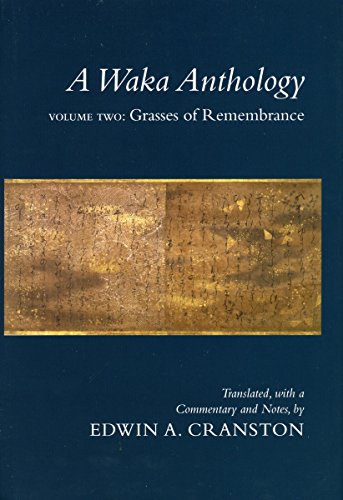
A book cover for A Waka Anthology - Volume Two: Grasses of Remembrance (Parts A & B) (v. 2); Edwin A. Cranston; Literature & Fiction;